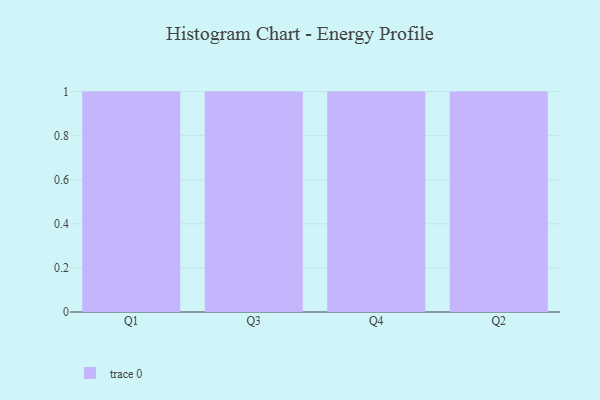
{"axis": {"x": "Quarter", "y": "Gross Profit (USD K)"}, "legend": [""], "data": [{"x": "Q1", "y": 44, "type": ""}, {"x": "Q3", "y": 32, "type": ""}, {"x": "Q4", "y": 67, "type": ""}, {"x": "Q2", "y": 23, "type": ""}]}